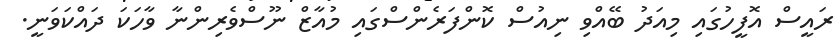
ރައީސް އޮފީހުގައި މިއަދު ބޭއްވި ނިއުސް ކޮންފަރެންސްގައި މުއާޒް ނޫސްވެރިންނާ ވާހަކަ ދައްކަވަނީ.